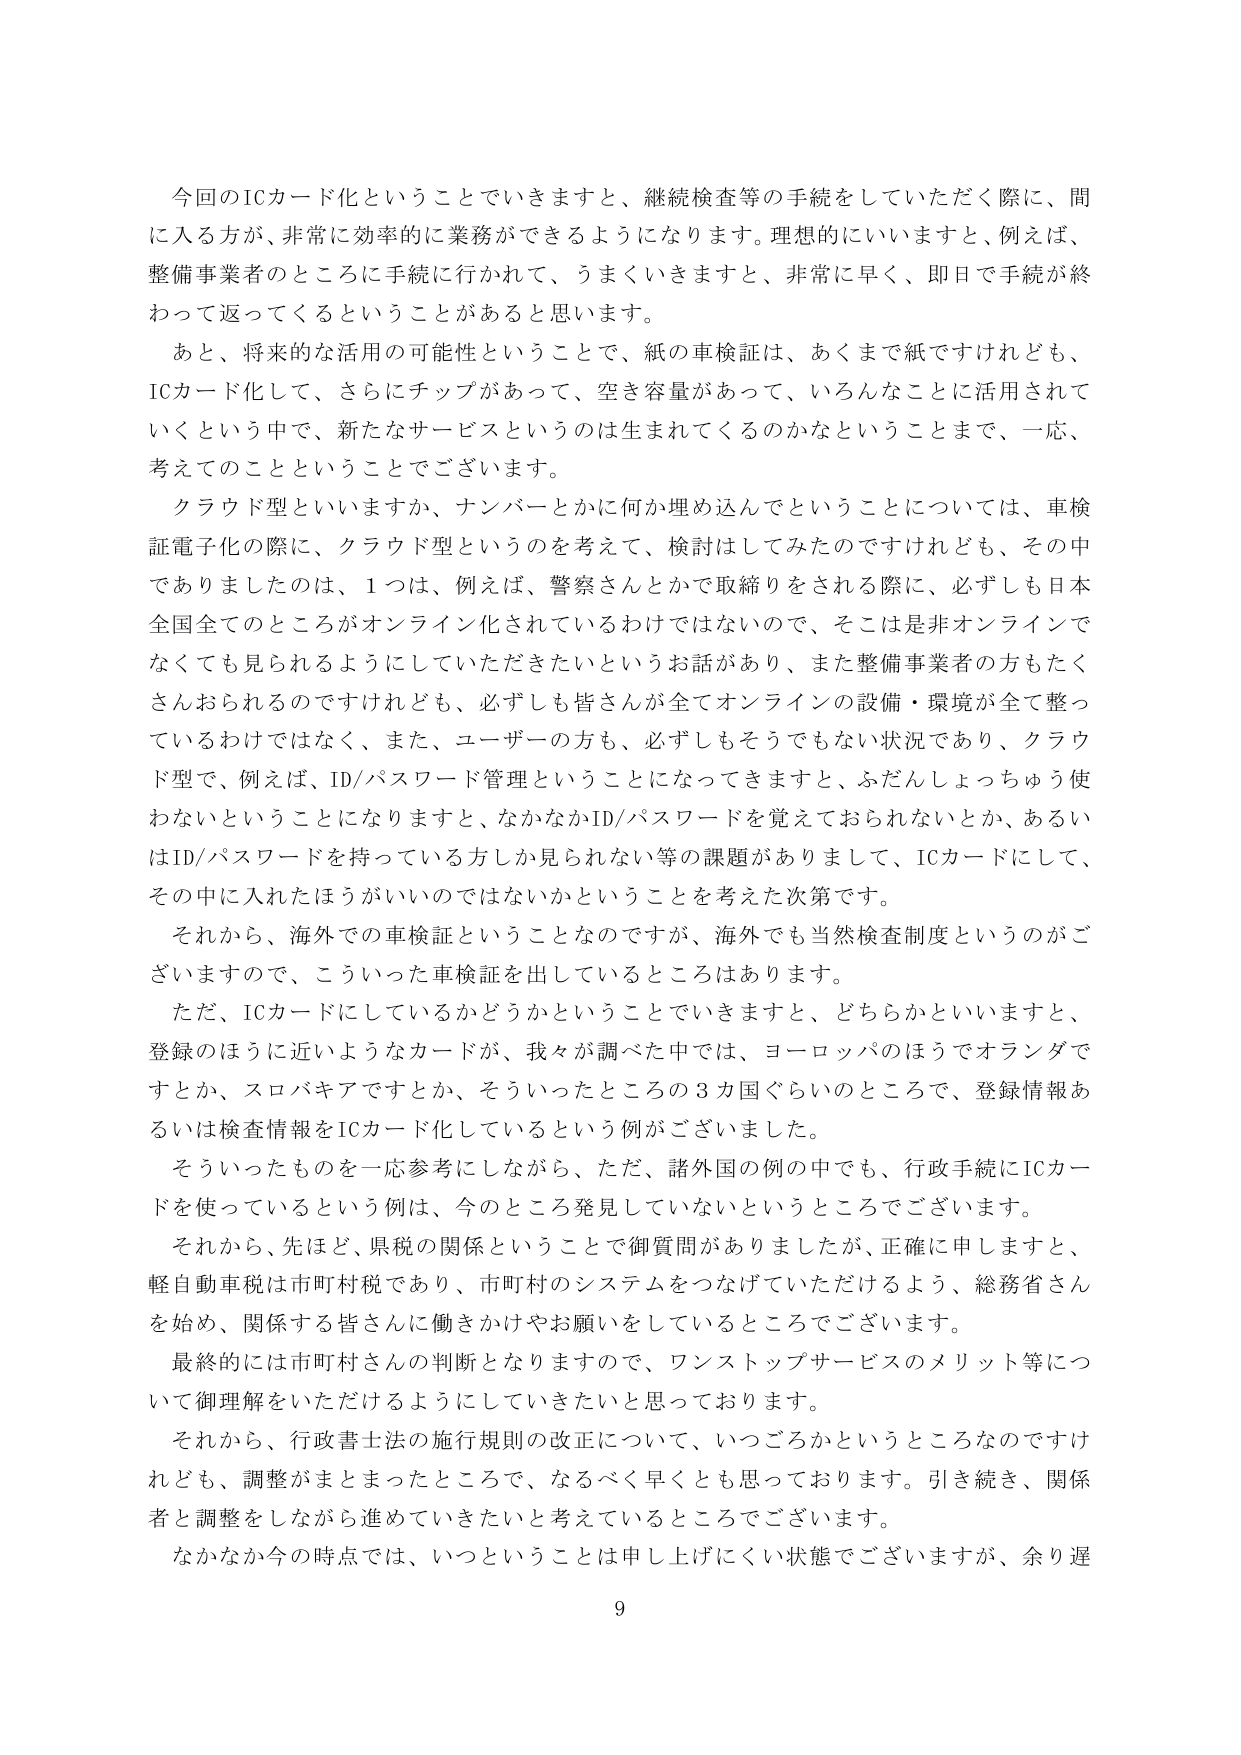
今回のICカード化ということでいきますと、継続検査等の手続をしていただく際に、間に入る方が、非常に効率的に業務ができるようになります。理想的にいいますと、例えば、整備事業者のところに手続に行かれて、うまくいきますと、非常に早く、即日で手続が終わって返ってくるということがあると思います。

あと、将来的な活用の可能性ということで、紙の車検証は、あくまで紙ですけれども、ICカード化して、さらにチップがあって、空き容量があって、いろんなことに活用されていくという中で、新たなサービスというのは生まれてくるのかなということまで、一応、考えてのことということでございます。

クラウド型といいますか、ナンバーとかに何か埋め込んでということについては、車検証電子化の際に、クラウド型というのを考えて、検討はしてみたのですけれども、その中でありましたのは、1つは、例えば、警察さんとかで取締りをされる際に、必ずしも日本全国全てのところがオンライン化されているわけではないので、そこは非オンラインでなくても見られるようにしていただきたいというお話があり、また整備事業者の方もたくさんおられるのですけれども、必ずしも皆さんが全てオンラインの設備・環境が全て整っているわけではなく、また、ユーザーの方も、必ずしもそうでない状況であり、クラウド型で、例えば、ID/パスワード管理ということになってきますと、ふだんしょっちゅう使わないということになりますと、なかなかID/パスワードを覚えておられないとか、あるいはID/パスワードを持っている方しか見られない等の課題がありまして、ICカードにして、その中に入れたほうがいいのではないかということを考えた次第です。

それから、海外での車検証ということなのですが、海外でも当然検査制度というのがございますので、こういった車検証を出しているところはあります。

ただ、ICカードにしているかどうかということでいきますと、どちらかといいますと、登録のほうに近いようなカードが、我々が調べた中では、ヨーロッパのほうでオランダですとか、スロバキアですとか、そういったところの3カ国ぐらいのところで、登録情報あるいは検査情報をICカード化しているという例がございました。

そういったものを一応参考にしながら、ただ、諸外国の例の中でも、行政手続にICカードを使っているという例は、今のところ発見していないというところでございます。

それから、先ほど、県税の関係ということで御質問がありましたか、正確に申しますと、軽自動車税は市町村税であり、市町村のシステムをつなげていただけるよう、総務省さんを始め、関係する皆さんに働きかけやお願いをしているところでございます。

最終的には市町村さんの判断となりますので、ワンストップサービスのメリット等について御理解をいただけるようにしていきたいと思っております。

それから、行政書士法の施行規則の改正について、いつごろかというところなのですが、調整がまとまったところで、なるべく早くとも思っております。引き続き、関係者と調整をしながら進めていきたいと考えているところでございます。

なかなか今の時点では、いつということは申し上げにくい状態でございますが、余り遅

9